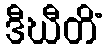
ဒီဃီတိံ